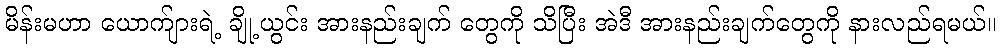
မိန်းမဟာ ယောက်ျားရဲ့ ချို့ယွင်း အားနည်းချက် တွေကို သိပြီး အဲဒီ အားနည်းချက်တွေကို နားလည်ရမယ်။